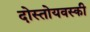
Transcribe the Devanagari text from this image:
दोस्तोयवस्की